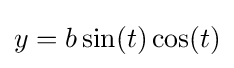
y=b\sin(t)\cos(t)